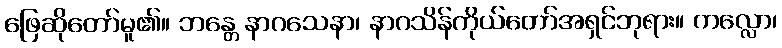
ဖြေဆိုတော်မူ၏။ ဘန္တေ နာဂသေနာ၊ နာဂသိန်ကိုယ်တော်အရှင်ဘုရား။ ကလ္လော၊